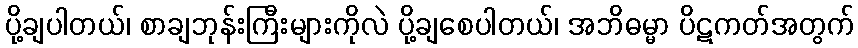
ပို့ချပါတယ်၊ စာချဘုန်းကြီးများကိုလဲ ပို့ချစေပါတယ်၊ အဘိဓမ္မာ ပိဋကတ်အတွက်